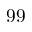
9 9